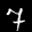
Label: 7